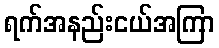
ရက်အနည်းငယ်အကြာ